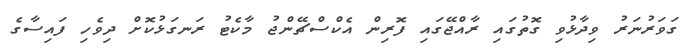
ގަވަރުނަރު ވިދާޅުވި ގޮތުގައި ރާއްޖޭގައި ފޮރިން އެކްސްޗޭންޖު މާކެޓު ރަނގަޅުކޮށް ދިވެހި ފައިސާގެ